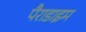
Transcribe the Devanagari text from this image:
पैराडाइम